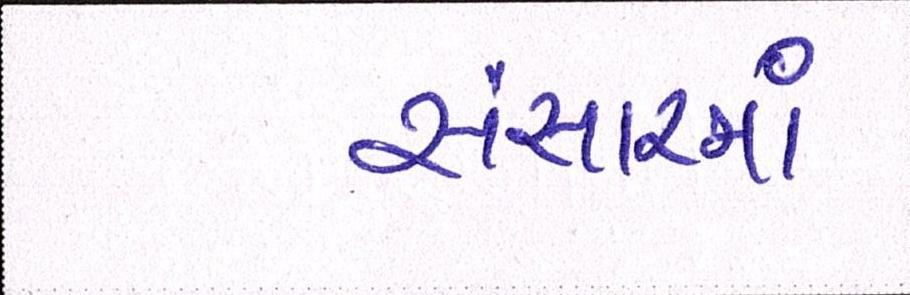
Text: સંસારમાં